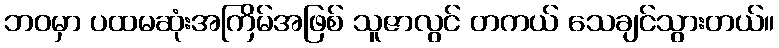
ဘဝမှာ ပထမဆုံးအကြိမ်အဖြစ် သူဇာလွင် တကယ် သေချင်သွားတယ်။